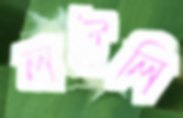
লইলি